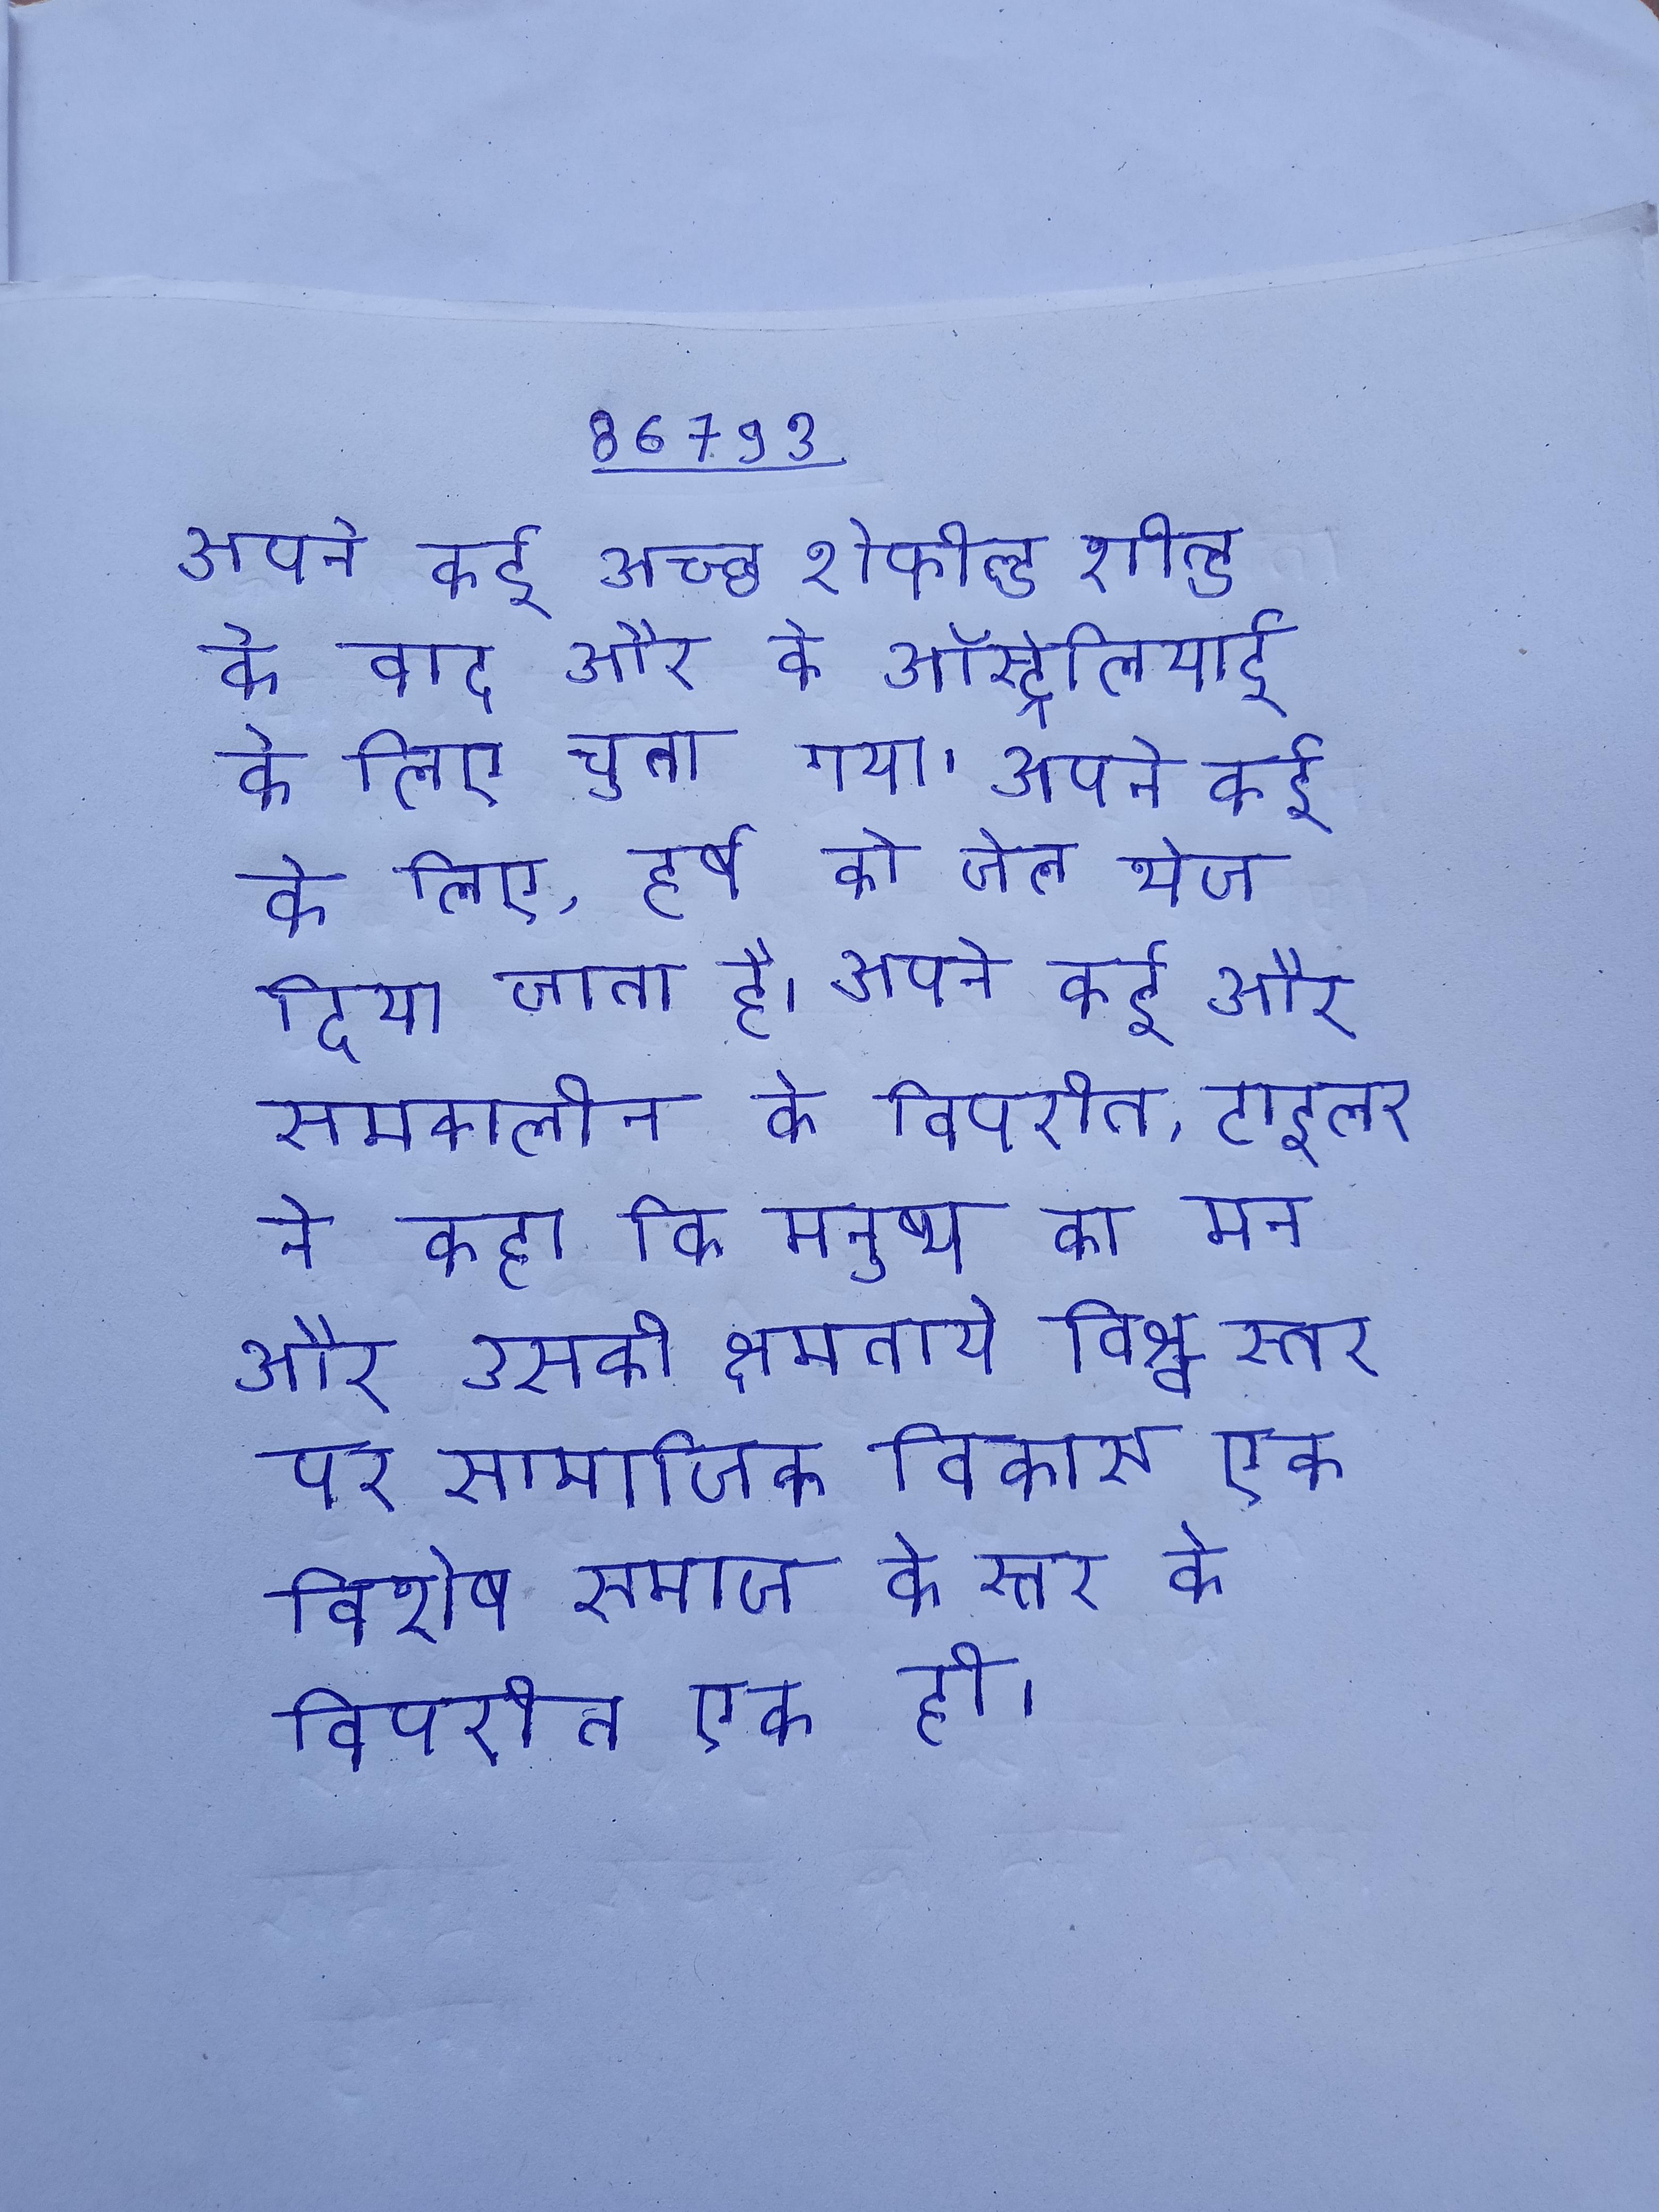
अपने कई अच्छे शेफील्ड शील्ड के बाद और के ऑस्ट्रेलियाई के लिए चुना गया । अपने कई के लिए, हर्ष को जेल भेज दिया जाता है । अपने कई और समकालीन के विपरीत, टाइलर ने कहा कि मनुष्य का मन और उसकी क्षमताये विश्व स्तर पर सामाजिक विकास एक विशेष समाज के स्तर के विपरीत एक ही ।